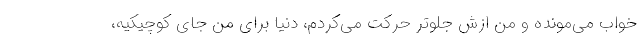
خواب می‌مونده و من ازش جلوتر حرکت می‌کردم، دنیا برای من جای کوچیکیه،